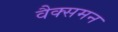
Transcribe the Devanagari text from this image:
वैक्समन